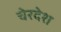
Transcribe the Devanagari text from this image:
चेरदेश